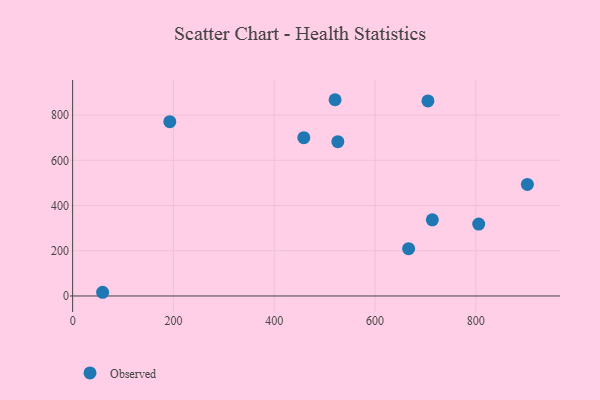
{"axis": {"x": "Experience", "y": "Salary"}, "legend": ["Observed"], "data": [{"x": "520.7", "y": 868.0, "type": "Observed"}, {"x": "713.7", "y": 336.7, "type": "Observed"}, {"x": "805.7", "y": 317.9, "type": "Observed"}, {"x": "902.3", "y": 493.6, "type": "Observed"}, {"x": "705.0", "y": 862.9, "type": "Observed"}, {"x": "526.2", "y": 682.5, "type": "Observed"}, {"x": "458.7", "y": 700.2, "type": "Observed"}, {"x": "192.8", "y": 770.7, "type": "Observed"}, {"x": "666.6", "y": 209.1, "type": "Observed"}, {"x": "59.5", "y": 16.4, "type": "Observed"}]}